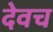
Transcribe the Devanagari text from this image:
देवच